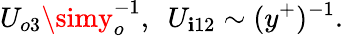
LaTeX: U_{o3}\simy_{o}^{-1},\ \ U_{\mathbf{i}12}\sim(y^{+})^{-1}.